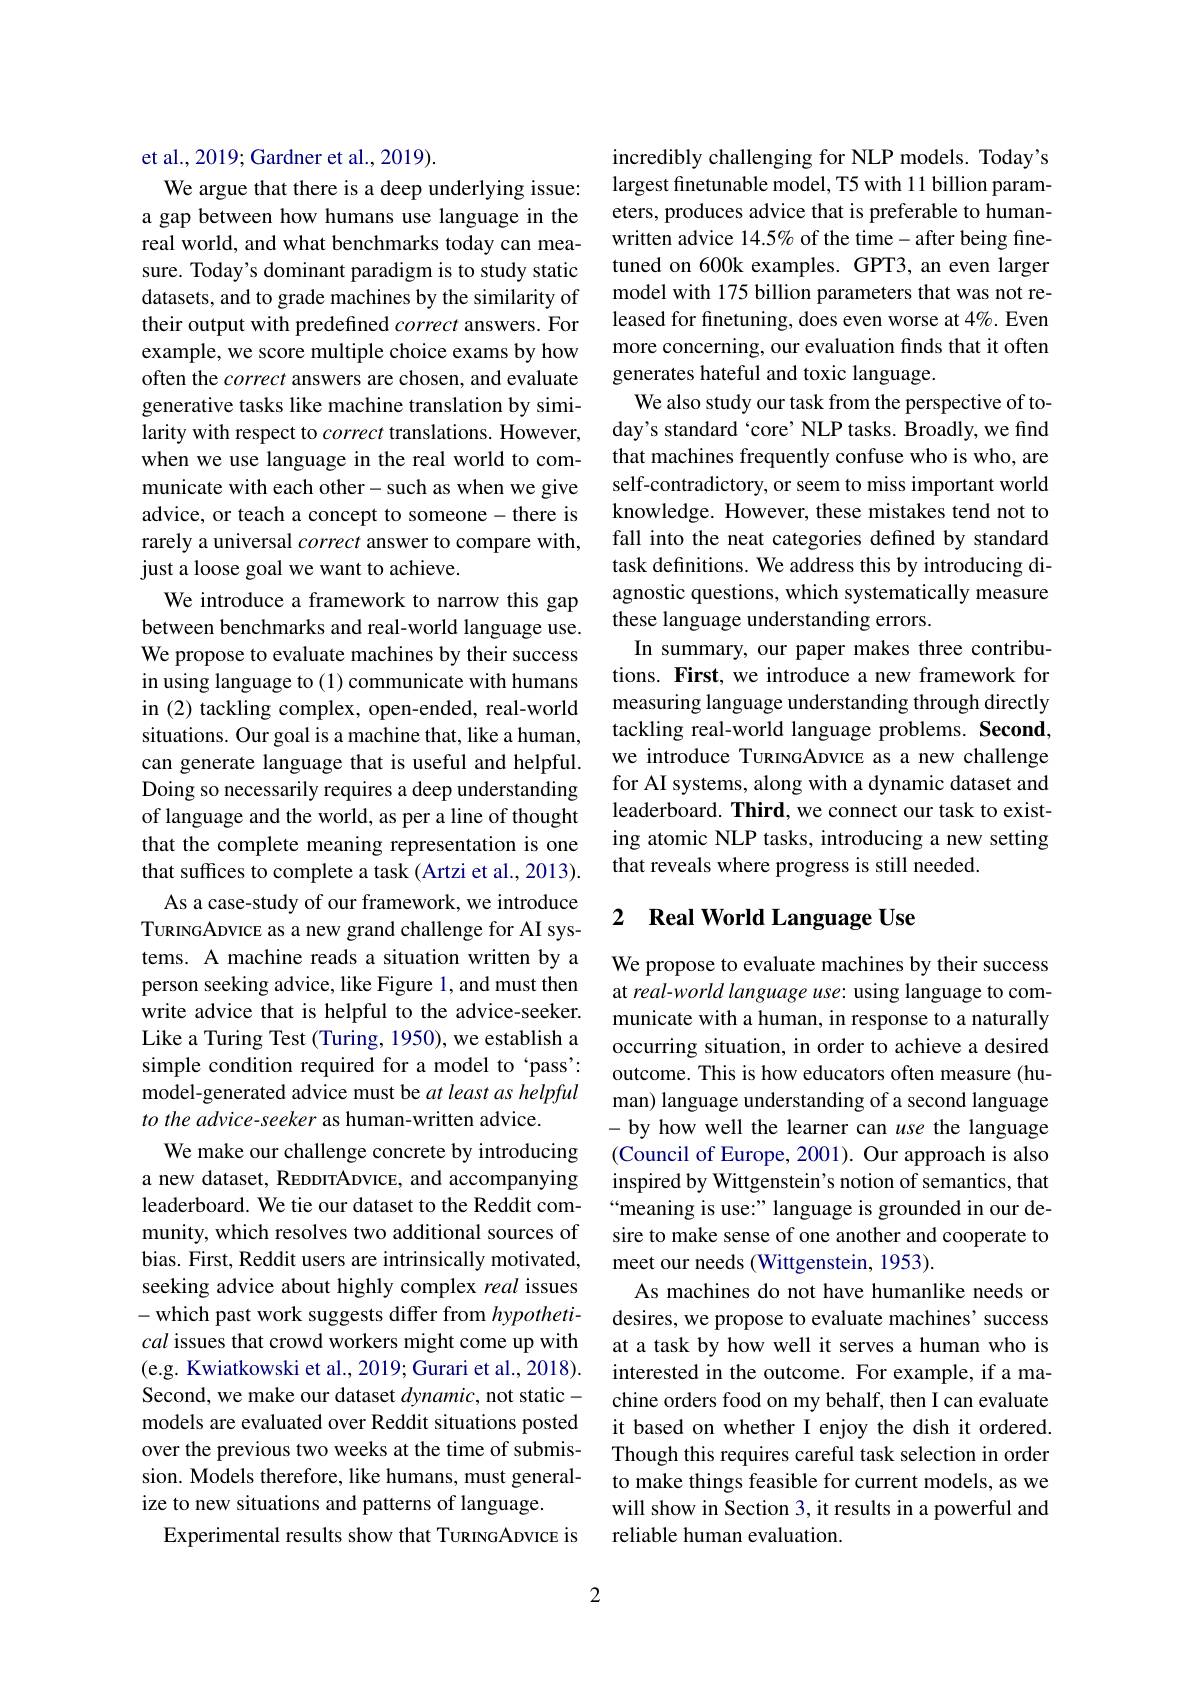
et al., 2019; Gardner et al., 2019).
We argue that there is a deep underlying issue: a gap between how humans use language in the real world, and what benchmarks today can measure. Today's dominant paradigm is to study static datasets, and to grade machines by the similarity of their output with predefined correct answers. For example, we score multiple choice exams by how often the correct answers are chosen, and evaluate generative tasks like machine translation by similarity with respect to correct translations. However, when we use language in the real world to communicate with each other-such as when we give advice, or teach a concept to someone- there is rarely a universal correct answer to compare with, just a loose goal we want to achieve.
We introduce a framework to narrow this gap between benchmarks and real-world language use. We propose to evaluate machines by their success in using language to (1) communicate with humans in (2) tackling complex, open-ended, real-world situations. Our goal is a machine that, like a human, can generate language that is useful and helpful. Doing so necessarily requires a deep understanding of language and the world, as per a line of thought that the complete meaning representation is one that suffices to complete a task (Artzi et al., 2013).
As a case-study of our framework, we introduce TURINGADVICE as a new grand challenge for AI systems. A machine reads a situation written by a person seeking advice, like Figure 1, and must then write advice that is helpful to the advice-seeker. Like a Turing Test (Turing, 1950), we establish a simple condition required for a model to ‘pass': model-generated advice must be at least as helpful to the advice-seeker as human-written advice.
We make our challenge concrete by introducing a new dataset, REDDITADVICE, and accompanying leaderboard. We tie our dataset to the Reddit community, which resolves two additional sources of bias. First, Reddit users are intrinsically motivated, seeking advice about highly complex real issues -which past work suggests differ from hypothetical issues that crowd workers might come up with (e.g. Kwiatkowski et al., 2019; Gurari et al., 2018). Second, we make our dataset $dynamic$, not staticmodels are evaluated over Reddit situations posted over the previous two weeks at the time of submission. Models therefore, like humans, must generalize to new situations and patterns of language.
Experimental results show that TuRINGADVICE is

incredibly challenging for NLP models. Today's largest finetunable model, T5 with 11 billion parameters, produces advice that is preferable to humanwritten advice 14.5% of the time- after being finetuned on 600k examples. GPT3, an even larger model with 175 billion parameters that was not released for finetuning, does even worse at 4%. Even more concerning, our evaluation finds that it often generates hateful and toxic language.
We also study our task from the perspective of today's standard `core' NLP tasks. Broadly, we find that machines frequently confuse who is who, are self-contradictory, or seem to miss important world knowledge. However, these mistakes tend not to fall into the neat categories defined by standard task definitions. We address this by introducing diagnostic questions, which systematically measure these language understanding errors.
In summary, our paper makes three contributions. First, we introduce a new framework for measuring language understanding through directly tackling real-world language problems. Second, we introduce TuRINGADVICE as a new challenge for AI systems, along with a dynamic dataset and leaderboard. Third, we connect our task to existing atomic NLP tasks, introducing a new setting that reveals where progress is still needed.

## 2 $\textbf{Real World Language Use}$

We propose to evaluate machines by their success at real-world language use: using language to communicate with a human, in response to a naturally occurring situation, in order to achieve a desired outcome. This is how educators often measure (human) language understanding of a second language -by how well the learner can use the language (Council of Europe, 2001). Our approach is also inspired by Wittgenstein's notion of semantics, that “meaning is use:” language is grounded in our desire to make sense of one another and cooperate to meet our needs (Wittgenstein, 1953).
As machines do not have humanlike needs or desires, we propose to evaluate machines' success at a task by how well it serves a human who is interested in the outcome. For example, if a machine orders food on my behalf, then I can evaluate it based on whether I enjoy the dish it ordered. Though this requires careful task selection in order to make things feasible for current models, as we will show in Section 3, it results in a powerful and reliable human evaluation.

2